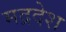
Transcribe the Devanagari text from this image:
मद्रदेश